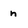
Character: n